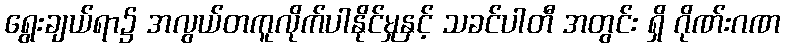
ရွေးချယ်ရာ၌ အလွယ်တကူလိုက်ပါနိုင်မှုနှင့် သခင်ပါတီ အတွင်း ရှိ ဂိုဏ်းဂဏ